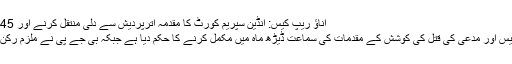
اناؤ ریپ کیس: انڈین سپریم کورٹ کا مقدمہ اترپردیش سے دلی منتقل کرنے اور 45 دن میں سماعت مکمل کرنے کا حکم
انڈیا کی سپریم کورٹ نے اناؤ ریپ کیس اور مدعی کی قتل کی کوشش کے مقدمات کی سماعت ڈیڑھ ماہ میں مکمل کرنے کا حکم دیا ہے جبکہ بی جے پی نے ملزم رکن اسمبلی کو جماعت سے نکال دیا ہے۔